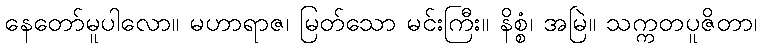
နေတော်မူပါလော။ မဟာရာဇ၊ မြတ်သော မင်းကြီး။ နိစ္စံ၊ အမြဲ။ သက္ကတပူဇိတာ၊